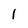
Character: 1